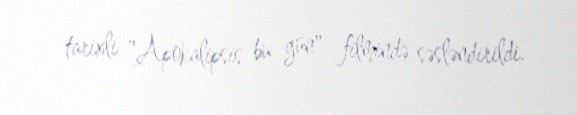
tarixli "Apokalipsis bu gün" filmində səsləndirildi.